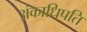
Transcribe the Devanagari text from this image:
अंकाधिपति